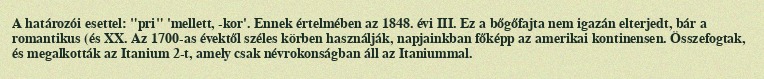
A határozói esettel: "pri" 'mellett, -kor'. Ennek értelmében az 1848. évi III. Ez a bőgőfajta nem igazán elterjedt, bár a romantikus (és XX. Az 1700-as évektől széles körben használják, napjainkban főképp az amerikai kontinensen. Összefogtak, és megalkották az Itanium 2-t, amely csak névrokonságban áll az Itaniummal.